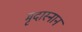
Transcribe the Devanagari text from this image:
मृदास्नान